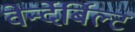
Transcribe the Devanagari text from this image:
वेर्न्देर्बिल्ट